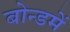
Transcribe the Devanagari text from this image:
बोन्डमें